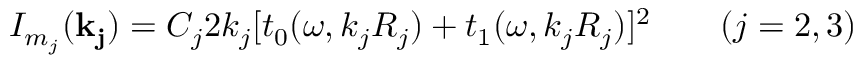
I _ { m _ { j } } ( { \bf k _ { j } } ) = C _ { j } 2 k _ { j } [ t _ { 0 } ( { \omega } , { k _ { j } R _ { j } } ) + t _ { 1 } ( { \omega } , { k _ { j } R _ { j } } ) ] ^ { 2 } \qquad ( j = 2 , 3 )